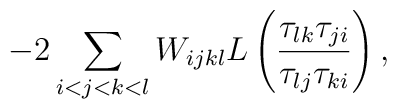
-2\sum_{i<j<k<l}W_{ijkl}L\left( \frac{\tau _{lk}\tau _{ji}}{\tau _{lj}\tau_{ki}}\right) ,